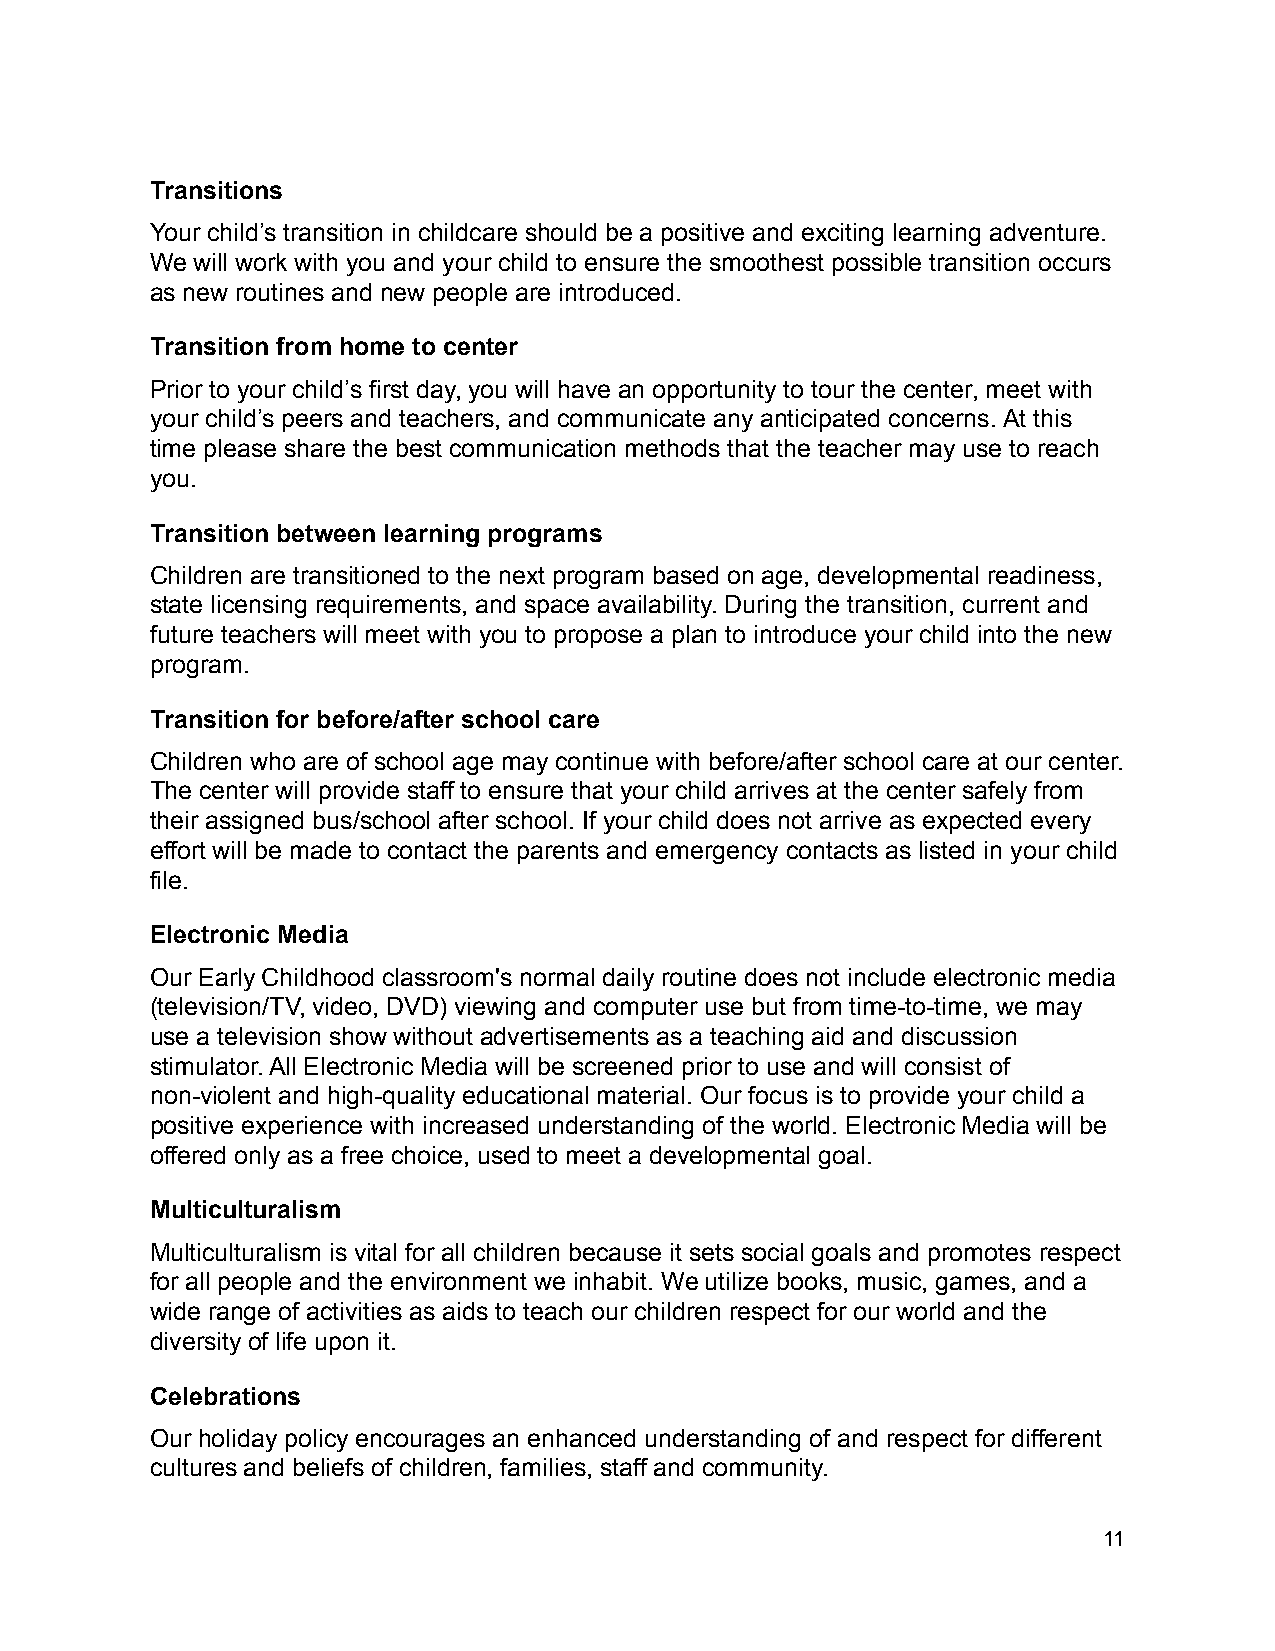
Transitions
 Your child’s transition in childcare should be a positive and exciting learning adventure.
 We will work with you and your child to ensure the smoothest possible transition occurs
 as new routines and new people are introduced.
 Transition from home to center
 Prior to your child’s first day, you will have an opportunity to tour the center, meet with
 your child’s peers and teachers, and communicate any anticipated concerns. At this
 time please share the best communication methods that the teacher may use to reach
 you.
 Transition between learning programs
 Children are transitioned to the next program based on age, developmental readiness,
 state licensing requirements, and space availability. During the transition, current and
 future teachers will meet with you to propose a plan to introduce your child into the new
 program.
 Transition for before/after school care
 Children who are of school age may continue with before/after school care at our center.
 The center will provide staff to ensure that your child arrives at the center safely from
 their assigned bus/school after school. If your child does not arrive as expected every
 effort will be made to contact the parents and emergency contacts as listed in your child
 file.
 Electronic Media
 Our Early Childhood classroom's normal daily routine does not include electronic media
 (television/TV, video, DVD) viewing and computer use but from time-to-time, we may
 use a television show without advertisements as a teaching aid and discussion
 stimulator. All Electronic Media will be screened prior to use and will consist of
 non-violent and high-quality educational material. Our focus is to provide your child a
 positive experience with increased understanding of the world. Electronic Media will be
 offered only as a free choice, used to meet a developmental goal.
 Multiculturalism
 Multiculturalism is vital for all children because it sets social goals and promotes respect
 for all people and the environment we inhabit. We utilize books, music, games, and a
 wide range of activities as aids to teach our children respect for our world and the
 diversity of life upon it.
 Celebrations
 Our holiday policy encourages an enhanced understanding of and respect for different
 cultures and beliefs of children, families, staff and community.
 11